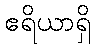
ဧရိယာရှိ